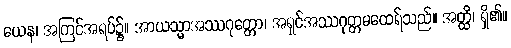
ယေန၊ အကြင်အရပ်၌။ အာယသ္မာအဿဂုတ္တော၊ အရှင်အဿဂုတ္တမထေရ်သည်။ အတ္ထိ၊ ရှိ၏။